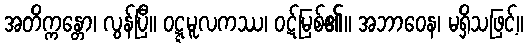
အတိက္ကန္တော၊ လွန်ပြီ။ ဝဋ္ဋမူလကဿ၊ ဝဋ်မြစ်၏။ အဘာဝေန၊ မရှိသဖြင့်။